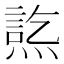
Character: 𤍋